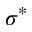
\sigma ^ { * }